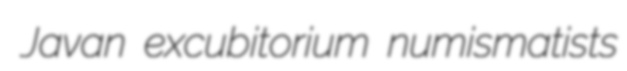
Javan excubitorium numismatists